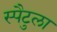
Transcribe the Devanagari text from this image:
स्पैटुला